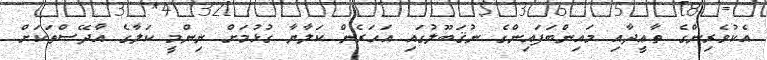
އެކުވެރިންގެ ތާޢީދާއި މައިންބަފައިންގެ ނުޤަބޫލުގައި އަހަރެން ކަލާޔާ ގުޅުމަށް ނިންމީ ކަލާގެ އާދޭސްތަކަށް